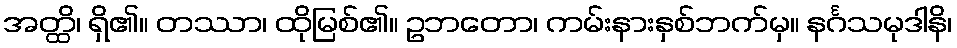
အတ္ထိ၊ ရှိ၏။ တဿာ၊ ထိုမြစ်၏။ ဥဘတော၊ ကမ်းနားနှစ်ဘက်မှ။ နင်္ဂသမုဒါနိ၊